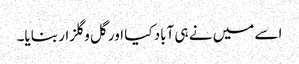
اسے میں نے ہی آباد کیا اور گل و گلزار بنایا۔